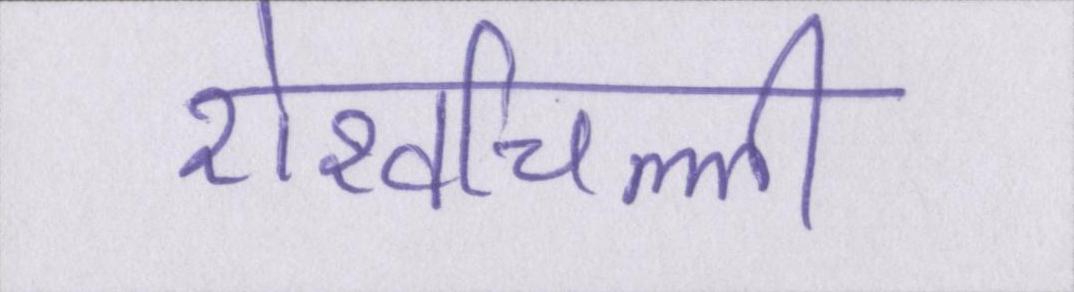
शेखचिल्ली